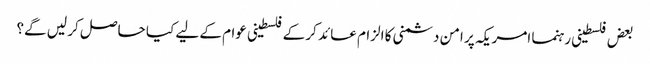
بعض فلسطینی رہنما امریکہ پر امن دشمنی کا الزام عائد کر کے فلسطینی عوام کے لیے کیا حاصل کر لیں گے؟